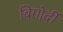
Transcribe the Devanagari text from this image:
बिगोर्दी